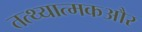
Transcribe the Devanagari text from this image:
तत्थ्यात्मकऔर